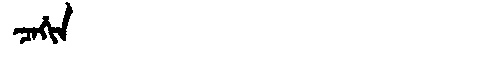
Manchu: ᠴᠠᡥᡳᠨ
Romanization: CAHIN